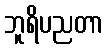
ဘူရိပညတာ